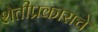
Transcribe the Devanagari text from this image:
शेतीप्रकाराचे